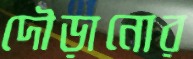
দৌড়ানোর